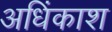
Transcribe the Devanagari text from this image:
अधिंकाश